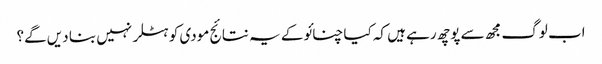
اب لوگ مجھ سے پوچھ رہے ہیں کہ کیا چنائو کے یہ نتائج مودی کو ہٹلر نہیں بنا دیں گے؟